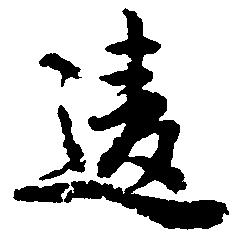
違